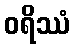
ဝရိဿံ